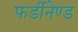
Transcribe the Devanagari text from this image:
फर्डीनेण्ड